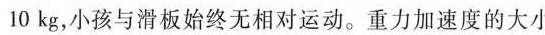
1 0 k g$$，小孩与滑板始终无相对运动。重力加速度的大小